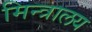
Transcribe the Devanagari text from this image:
मिन्त्रालय